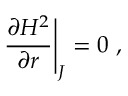
{ \frac { \partial H ^ { 2 } } { \partial r } } \Bigg | _ { J } = 0 \ ,